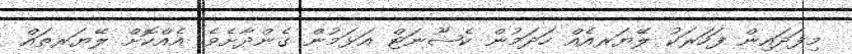
މިފަދައިން ފަހަރަކު ލޭޔަރއެއް ހަދަމުން ކެޝޫނަޓް އަޅަމުން ގެންދާށެވެ. އެއްކޮށް ލޭޔަރތައް